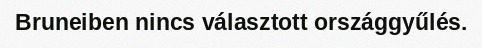
Bruneiben nincs választott országgyűlés.